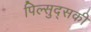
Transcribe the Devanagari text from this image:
पिल्सुद्सकी